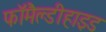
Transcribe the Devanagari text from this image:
फॉमैल्डीहाइड